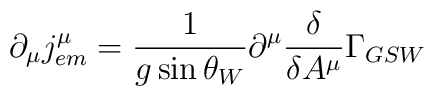
\partial_{\mu}j^{\mu}_{em}=\frac 1{g \sin\theta_{W}}\partial^{\mu}  \frac\delta{\delta A^{\mu}}\Gamma_{GSW}